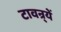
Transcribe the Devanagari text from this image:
टावन्र्यें